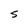
Character: S